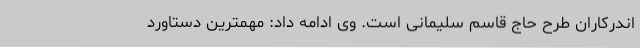
اندرکاران طرح حاج قاسم سلیمانی است. وی ادامه داد: مهمترین دستاورد